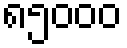
၈၅၀၀၀